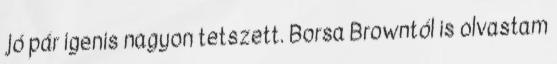
jó pár igenis nagyon tetszett. Borsa Browntól is olvastam